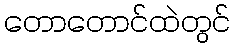
တောတောင်ထဲတွင်